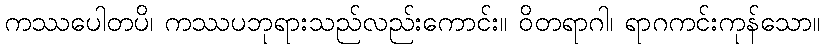
ကဿပေါတပိ၊ ကဿပဘုရားသည်လည်းကောင်း။ ဝိတရာဂါ၊ ရာဂကင်းကုန်သော။